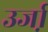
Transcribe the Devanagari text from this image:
उर्जा़